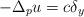
LaTeX: \begin{align*}-\Delta_{p}u=c\delta_{y} \end{align*}